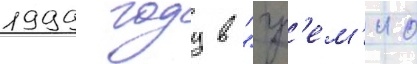
1999 году в "гр'ем'ио